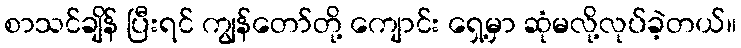
စာသင်ချိန် ပြီးရင် ကျွန်တော်တို့ ကျောင်း ရှေ့မှာ ဆုံမလို့လုပ်ခဲ့တယ်။